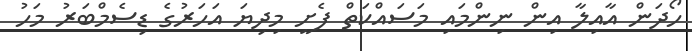
ހޯދަން އާއިލާ އިން ނިންމައި މަސައްކަތް ފެށީ މިދިޔަ އަހަރުގެ ޑިސެމްބަރު މަހު